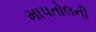
માપતોલની